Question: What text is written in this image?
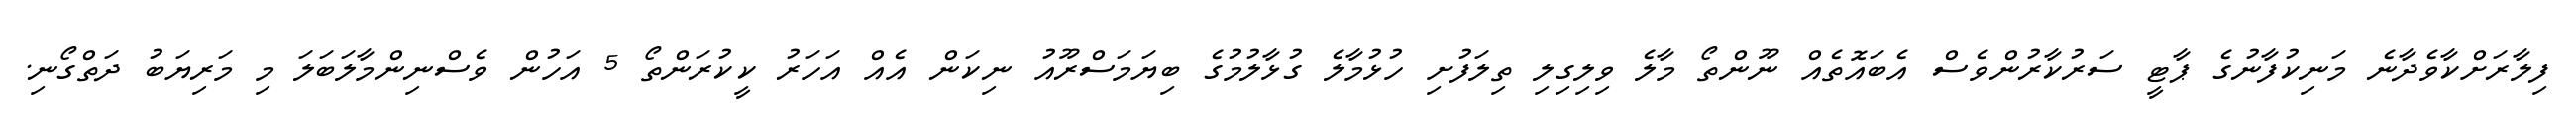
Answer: ފިލާރަށްކާވެދާނެ މަނިކުފާނުގެ ޕާޓީ ސަރުކާރުންވެސް އެބައޮތެއް ނޫންތޯ މާލެ ވިލިގިލި ތިލަފުށި ހުޅުމާލެ ގުޅާލުމުގެ ބިޔަމަސްރޫއު ނިކަން އެއް އަހަރު ކީކުރަންތޯ 5 އަހުން ވެސްނިންމާލަބަލަ މި މަރިޔަބު ދަތްގޯނި.